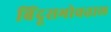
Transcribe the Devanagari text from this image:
बिंदूसभोवताल